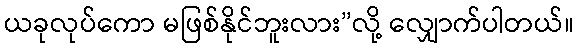
ယခုလုပ်ကော မဖြစ်နိုင်ဘူးလား”လို့ လျှောက်ပါတယ်။